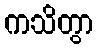
ကသိတွာ